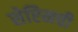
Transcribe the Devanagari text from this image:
सेप्टिमची